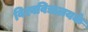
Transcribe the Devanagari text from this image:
विश्वविद्यालयके